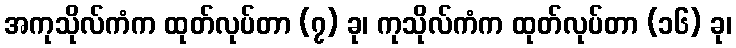
အကုသိုလ်ကံက ထုတ်လုပ်တာ (၇) ခု၊ ကုသိုလ်ကံက ထုတ်လုပ်တာ (၁၆) ခု၊